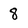
Character: 8